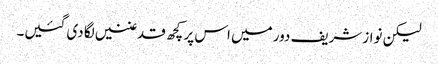
لیکن نوازشریف دور میں اس پر کچھ قدغنیں لگا دی گئیں۔